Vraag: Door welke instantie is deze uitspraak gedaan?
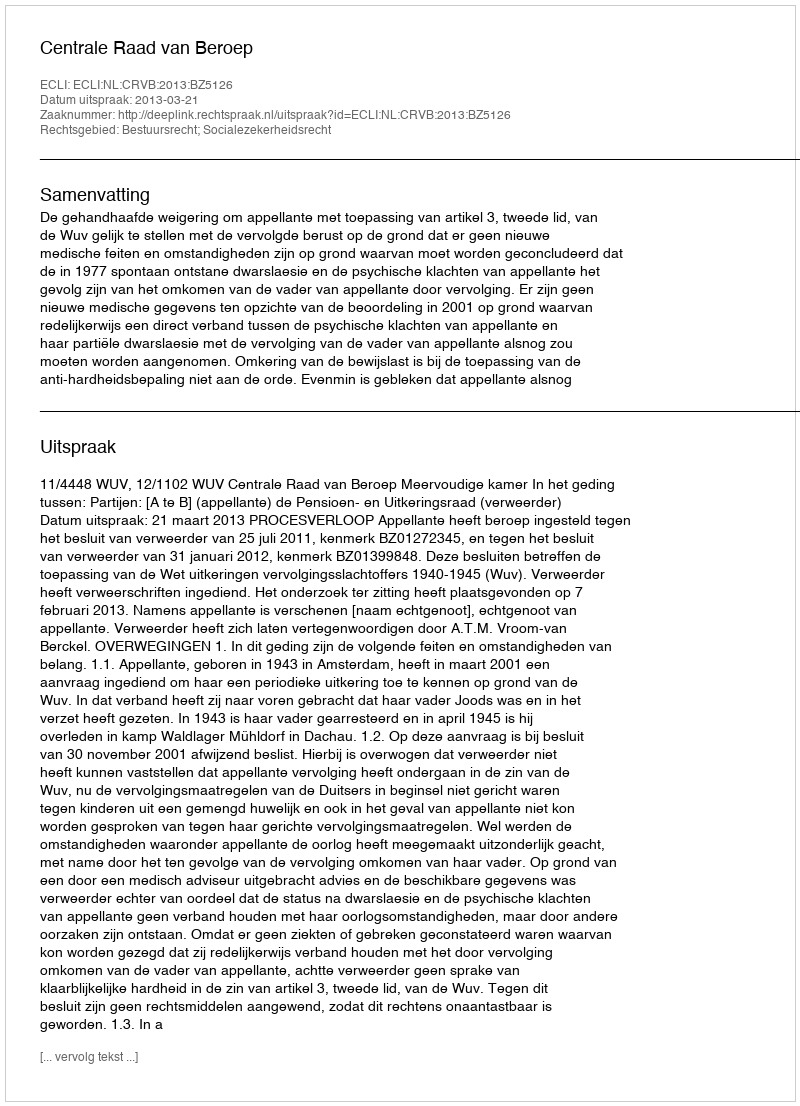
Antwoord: Centrale Raad van Beroep